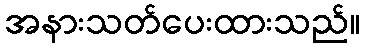
အနားသတ်ပေးထားသည်။